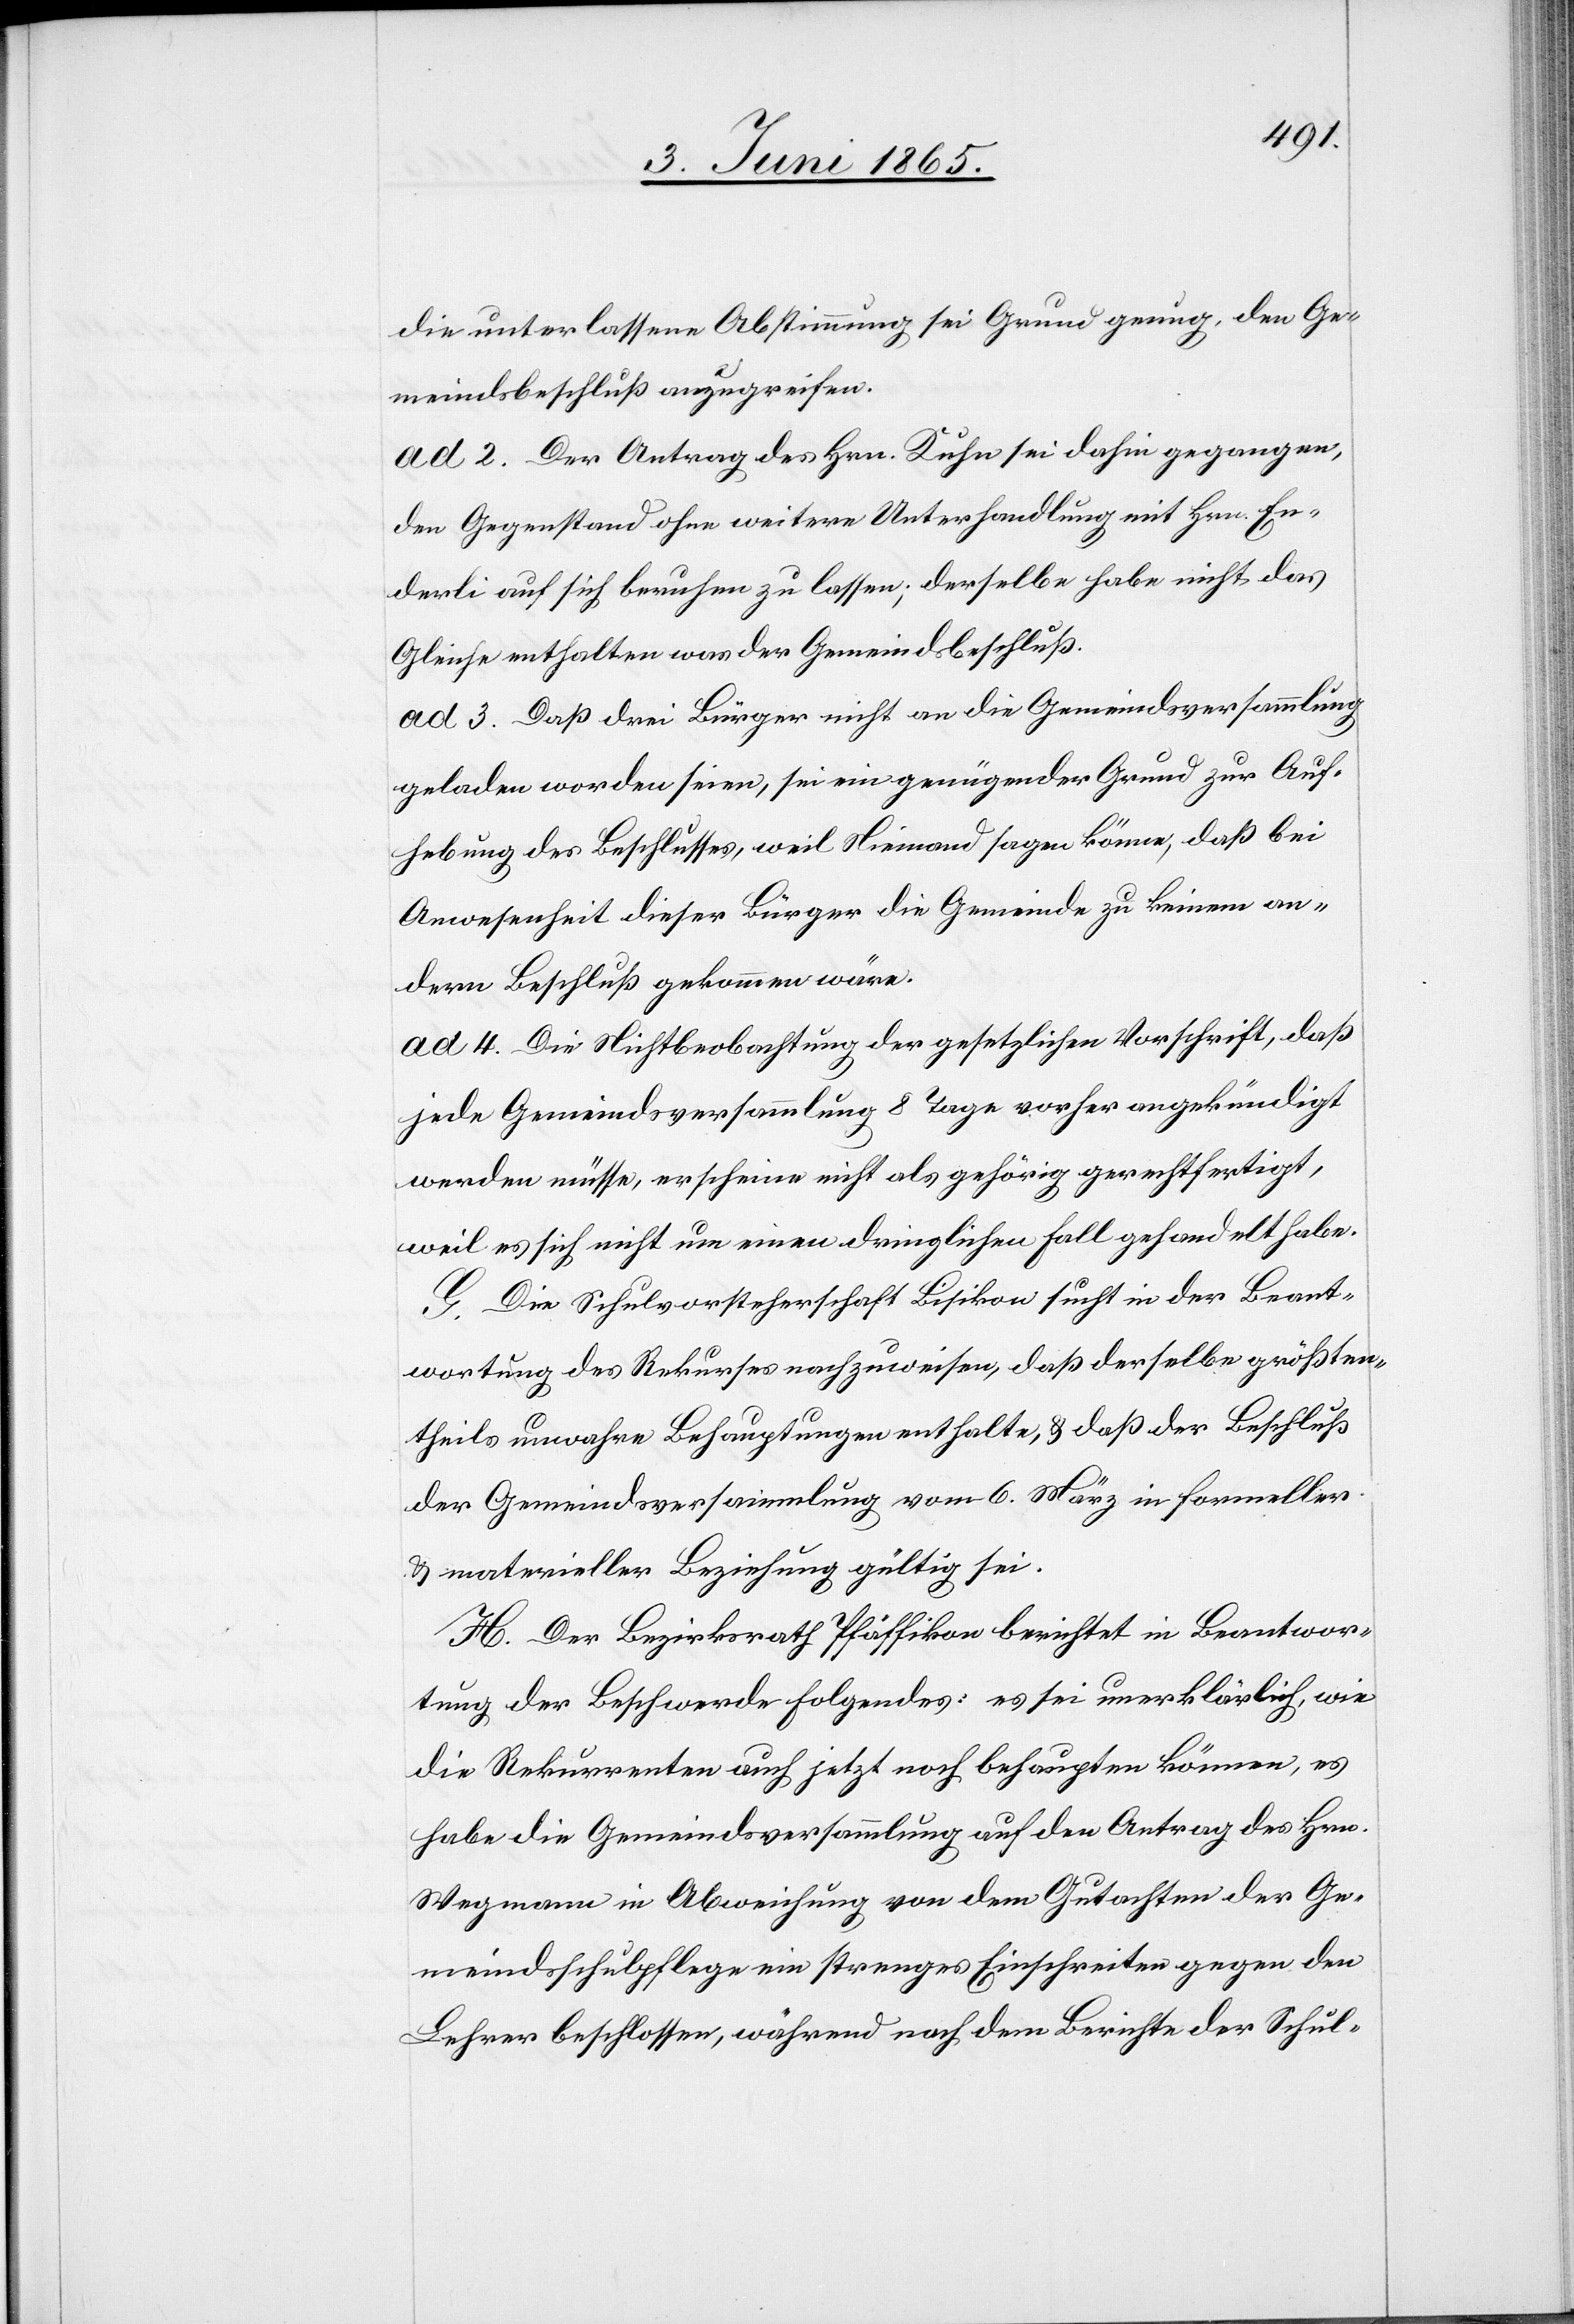
die unterlassene Abstimmung sei Grund genug, den Ge¬
meindsbeschluß anzugreifen.
ad 2. Der Antrag des Hrn. Kuhn sei dahin gegangen,
den Gegenstand ohne weitere Unterhandlung mit Hrn. En¬
derli [sic!] auf sich beruhen zu lassen; derselbe habe nicht das
Gleiche enthalten was der Gemeindsbeschluß.
ad 3. Daß drei Bürger nicht an die Gemeindsversammlung
geladen worden seien, sei ein genügender Grund zur Auf¬
hebung des Beschlusses, weil Niemand sagen könne, daß bei
Anwesenheit dieser Bürger die Gemeinde zu keinem an¬
dern Beschluß gekommen wäre.
ad 4. Die Nichtbeobachtung der gesetzlichen Vorschrift, daß
jede Gemeindsversammlung 8 Tage vorher angekündigt
werden müsse, erscheine nicht als gehörig gerechtfertigt,
weil es sich nicht um einen dringlichen Fall gehandelt habe.
G. Die Schulvorsteherschaft Bisikon sucht in der Beant¬
wortung des Rekurses nachzuweisen, daß derselbe größten¬
theils unwahre Behauptungen enthalte, & daß der Beschluß
der Gemeindsversammlung vom 6. März in formeller
& materieller Beziehung gültig sei.
H. Der Bezirksrath Pfäffikon berichtet in Beantwor¬
tung der Beschwerde folgendes: es sei unerklärlich, wie
die Rekurrenten auch jetzt noch behaupten können, es
habe die Gemeindsversammlung auf den Antrag des Hrn.
Wegmann in Abweichung von dem Gutachten der Ge¬
meindsschulpflege ein strenges Einschreiten gegen den
Lehrer beschlossen, während nach dem Berichte der Schul-